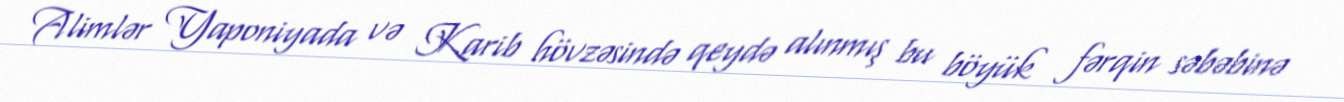
Alimlər Yaponiyada və Karib hövzəsində qeydə alınmış bu böyük fərqin səbəbinə